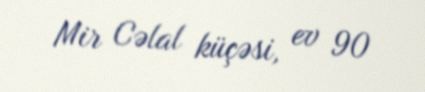
Mir Cəlal küçəsi, ev 90